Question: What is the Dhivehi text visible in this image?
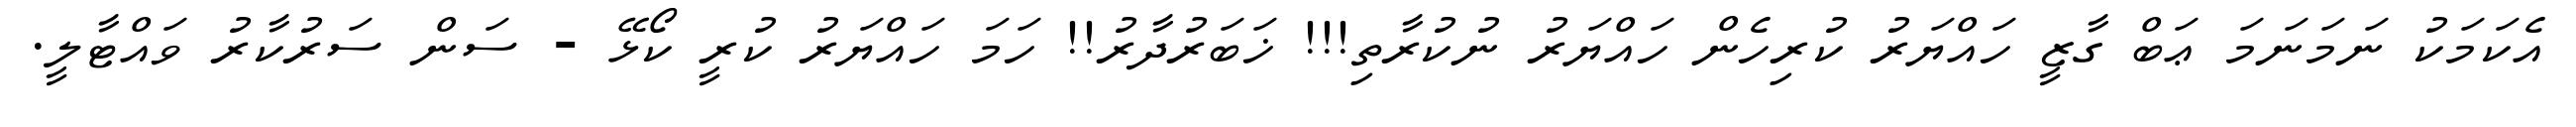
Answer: އެކަމަކު ނަމަނަމަ ޢަބް ގާޒީ ހައްޔަރު ކުރިހެން ހައްޔަރު ނުކުރާތި!!! ޚަބަރުދާރު!! ހަމަ ހައްޔަރު ކުރީ ކޯޅޭ - ސަން ސަރުކާރު ވައްޓާލީ.